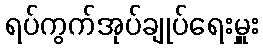
ရပ်ကွက်အုပ်ချုပ်ရေးမှူး